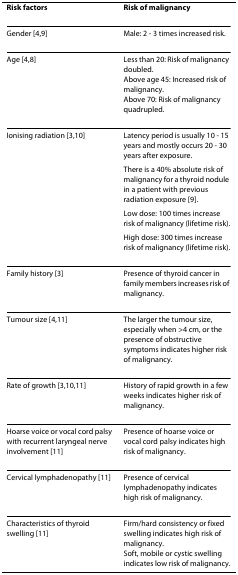
<table><thead><tr><td><b>Risk factors</b></td><td><b>Risk of malignancy</b></td></tr></thead><tbody><tr><td>Gender [4,9]</td><td>Male: 2 - 3 times increased risk.</td></tr><tr><td>Age [4,8]</td><td>Less than 20: Risk of malignancy doubled.Above age 45: Increased risk of malignancy.Above 70: Risk of malignancy quadrupled.</td></tr><tr><td>Ionising radiation [3,10]</td><td>Latency period is usually 10 - 15 years and mostly occurs 20 - 30 years after exposure.</td></tr><tr><td></td><td>There is a 40% absolute risk of malignancy for a thyroid nodule in a patient with previous radiation exposure [9].</td></tr><tr><td></td><td>Low dose: 100 times increase risk of malignancy (lifetime risk).</td></tr><tr><td></td><td>High dose: 300 times increase risk of malignancy (lifetime risk).</td></tr><tr><td>Family history [3]</td><td>Presence of thyroid cancer in family members increases risk of malignancy.</td></tr><tr><td>Tumour size [4,11]</td><td>The larger the tumour size, especially when &gt;4 cm, or the presence of obstructive symptoms indicates higher risk of malignancy.</td></tr><tr><td>Rate of growth [3,10,11]</td><td>History of rapid growth in a few weeks indicates higher risk of malignancy.</td></tr><tr><td>Hoarse voice or vocal cord palsy with recurrent laryngeal nerve involvement [11]</td><td>Presence of hoarse voice or vocal cord palsy indicates high risk of malignancy.</td></tr><tr><td>Cervical lymphadenopathy [11]</td><td>Presence of cervical lymphadenopathy indicates high risk of malignancy.</td></tr><tr><td>Characteristics of thyroid swelling [11]</td><td>Firm/hard consistency or fixed swelling indicates high risk of malignancy.Soft, mobile or cystic swelling indicates low risk of malignancy.</td></tr></tbody></table>